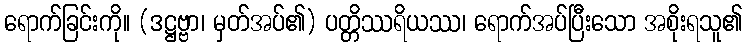
ရောက်ခြင်းကို။ (ဒဋ္ဌဗ္ဗာ၊ မှတ်အပ်၏) ပတ္တိဿရိယဿ၊ ရောက်အပ်ပြီးသော အစိုးရသူ၏